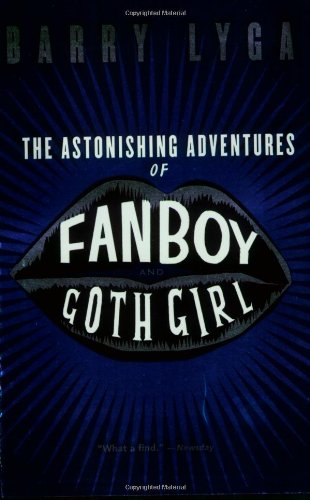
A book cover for The Astonishing Adventures of Fanboy and Goth Girl; Barry Lyga; Teen & Young Adult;